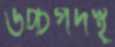
উচ্চপদস্থ্র